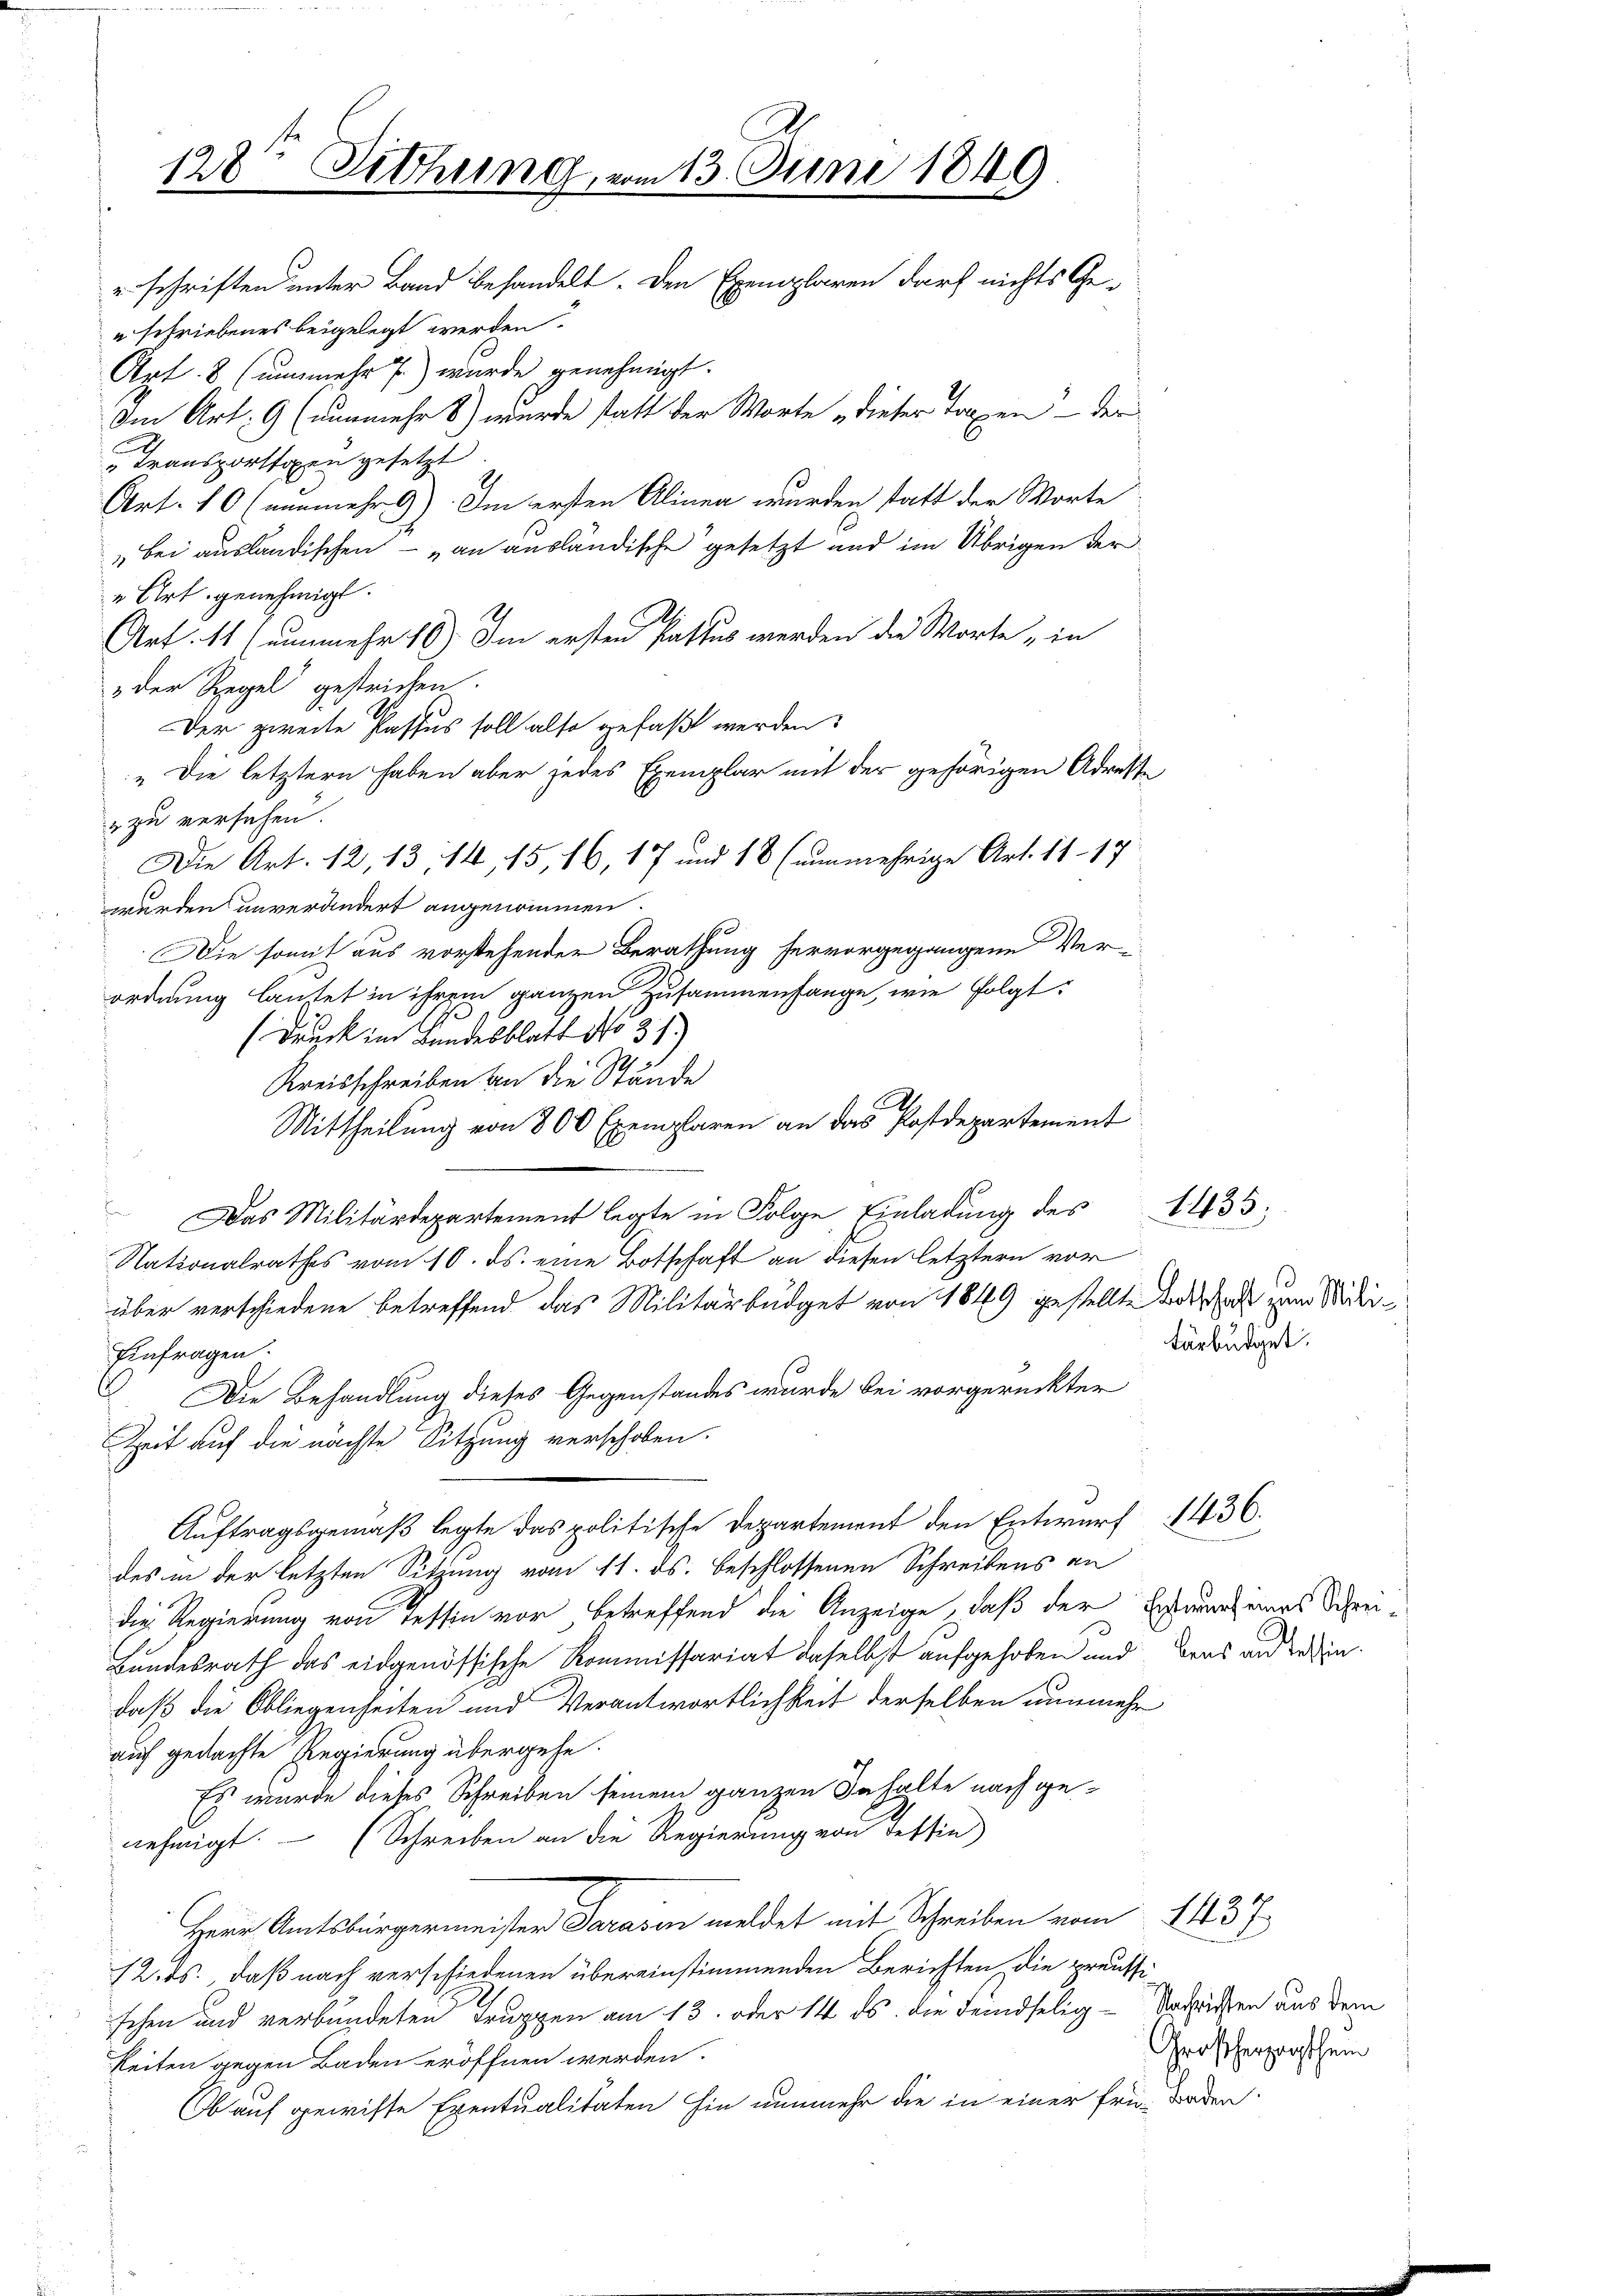
128t Sitzung, vom 13. Juni 1849
" schriften unter Band behandelt. Den Exemplaren darf nichts Ge¬
" schriebenes beigelegt werden.
Art. 8 (unmehr 7) wurde genehmigt.
Im Art. 9 (nunmehr 8) wurde statt der Worte „dieser Tagen - der

c
" Transporthopen gesetzt.
Art. 10 (nunmehr 9) Im ersten Alinea wurden statt der Worte
„Bei ausländischen – „an ausländische gesetzt und im Übrigen der
" Art genehmigt.
Art. 11 (unmehr 16) Im ersten Pactus werden die Worte „in
 der Regel gestrichen.
Der zweite Passus soll also gefaßt werden
„Die letztern haben aber jedes Exemplar mit der gehörigen Adreste
u zu versehen.
wurden unverändert angenommen.
Die somit aus vorstehender Berathung hervorgegangene Verordnung lautet in ihrem ganzen Zusammenfange, wie folgt:
(Druck im Landesblatt No 31.)
Kreisschreiben an die Stände
.
Mittheilung von 800 Exemplaren an das Postdepartement
Das Militärdepartement legte in Folge Einladung des
Nationalrathes vom 10. ds. eine Botschaft an diesen letztern vor
über verschiedene betreffend das Militärbüdget von 1849 gestellte Bedacht zum Wider¬
Einfragen.
Die Behandlung dieses Gegenstandes wurde bei vorgerückter
Zeit auf die nächste Sitzung verschoben.
Auftragsgemäß legte das politische Departement den Entwurf 1436.
des in der letzten Sitzung vom 11. ds. beschlossenen Schreibens an
die Regierung von Tessin vor, betreffend die Anzeige, daß der Errung eines Schrei¬
Bundesrath das eidgenössische Kommissariat daselbst aufgehoben und dans und reindaß die Obliegenheiten und Verantwortlichkeit derselben nunmehr
auf gedachte Regierung übergehe.
Es wurde dieses Schreiben seinem ganzen Inhalte nach genehmigt. (Schreiben an die Regierung von Fettin
Herr Amtsbürgermeister Parasen meldet mit Schreiben vom 1437.
12. ds., daß nach verschiedenen übereinstimmenden Berichten, die preussischen und verbundeten Truppen am 13. oder 14. ds. die Feindselig-Vorrücken aus dem
Reiten gegen Baden eröffnen werden.
Ob auf gewisse Eventualitäten hin nunmehr die in einer frü- Baden

Die Art. 12, 13, 14, 15, 16, 17 und 18 (nunmehrige Art. 11 - 17

tärbudiget.

1435.

Großherzogthei